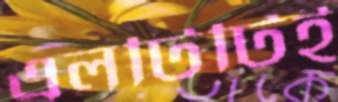
এলটিটিই